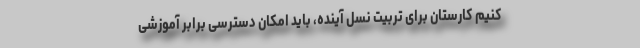
کنیم کارستان برای تربیت نسل آینده، باید امکان دسترسی برابر آموزشی